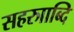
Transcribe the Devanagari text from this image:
सहरुााब्दि